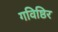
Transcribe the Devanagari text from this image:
गविष्ठिर